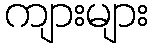
ကျားများ